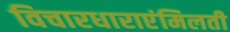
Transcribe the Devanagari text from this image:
विचारधाराएंमिलती